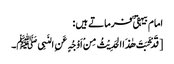
امام بیہقی ؒ فرماتے ہیں :
[قَدْ ثَبَتَ ھٰذَا الحَدِیْثُ مِنْ اَوْجُہٍ عَنِ النَبِیﷺ۔